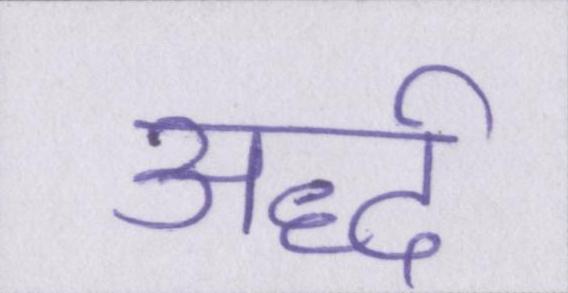
अर्द्ध